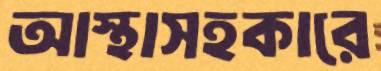
আস্থাসহকারে